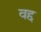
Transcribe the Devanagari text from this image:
वद्द